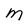
Character: M